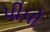
પીપો